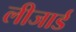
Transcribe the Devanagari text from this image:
लीजार्ड